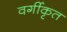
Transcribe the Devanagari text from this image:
वर्गीकृत